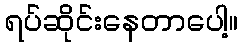
ရပ်ဆိုင်းနေတာပေါ့။